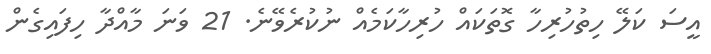
އީސަ ކަލޭ ހިތުހުރިހާ ގޮތަކައް ހުރިހާކަމެއް ނުކުރެވޭނެ. 21 ވަނަ މާއްދާ ހިފައިގެން